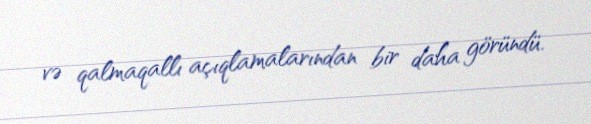
və qalmaqallı açıqlamalarından bir daha göründü.